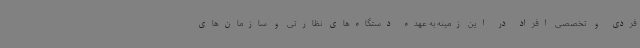
فردی و تخصصی افراد در این زمینه به عهده دستگاه‌های نظارتی و سازمان‌های